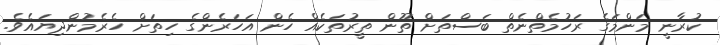
ކުރާނީ މަންމަގެ ރަހުމެތްނެތް ބަސްތަށް ތޫން ތީރުތަކެއް ހެން އަހަރެންގެ ހިތަށް ހެރެމުންދިޔައެވެ.